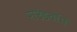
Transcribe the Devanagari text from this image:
राउंडवॉर्म